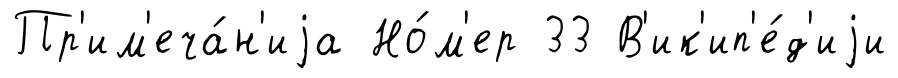
Пр'им'еча́н'иjа Но́м'ер 33 В'ик'ип'е́д'иjи